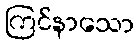
ကြင်နာသော